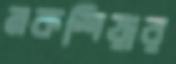
নকশিয়ার